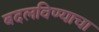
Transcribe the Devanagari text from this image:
बदलविण्याचा